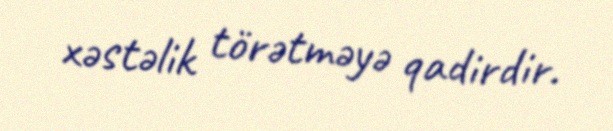
xəstəlik törətməyə qadirdir.